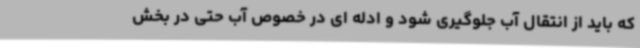
که باید از انتقال آب جلوگیری شود و ادله ای در خصوص آب حتی در بخش